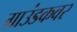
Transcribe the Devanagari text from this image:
ग्राउंडकवर